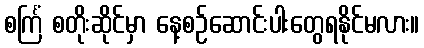
စင်္ကြံ စတိုးဆိုင်မှာ နေ့စဉ်ဆောင်းပါးတွေရနိုင်မလား။